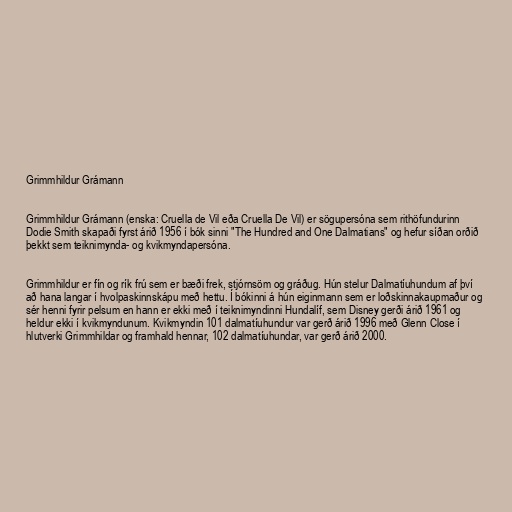
Grimmhildur Grámann

Grimmhildur Grámann (enska: Cruella de Vil eða Cruella De Vil) er sögupersóna sem rithöfundurinn
Dodie Smith skapaði fyrst árið 1956 í bók sinni "The Hundred and One Dalmatians" og hefur síðan orðið
þekkt sem teiknimynda- og kvikmyndapersóna.

Grimmhildur er fín og rík frú sem er bæði frek, stjórnsöm og gráðug. Hún stelur Dalmatíuhundum af því
að hana langar í hvolpaskinnskápu með hettu. Í bókinni á hún eiginmann sem er loðskinnakaupmaður og
sér henni fyrir pelsum en hann er ekki með í teiknimyndinni Hundalíf, sem Disney gerði árið 1961 og
heldur ekki í kvikmyndunum. Kvikmyndin 101 dalmatíuhundur var gerð árið 1996 með Glenn Close í
hlutverki Grimmhildar og framhald hennar, 102 dalmatíuhundar, var gerð árið 2000.